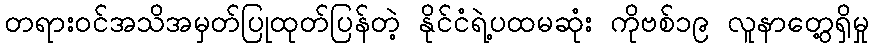
တရားဝင်အသိအမှတ်ပြုထုတ်ပြန်တဲ့ နိုင်ငံရဲ့ပထမဆုံး ကိုဗစ်၁၉ လူနာတွေ့ရှိမှု